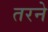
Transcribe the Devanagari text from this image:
तरने